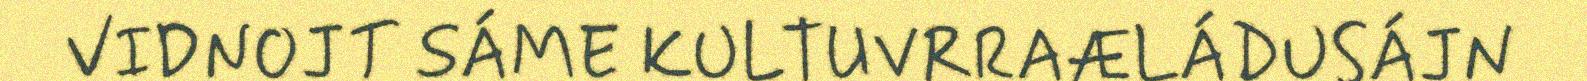
VIDNOJT SÁME KULTUVRRAÆLÁDUSÁJN